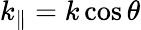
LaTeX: k_{\| }=k\cos\theta